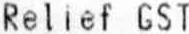
RELIEF GST